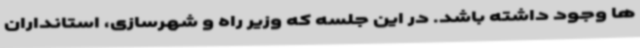
ها وجود داشته باشد. در این جلسه که وزیر راه و شهرسازی، استانداران